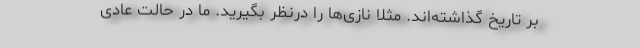
بر تاریخ گذاشته‌اند. مثلاً نازی‌ها را درنظر بگیرید. ما در حالت عادی